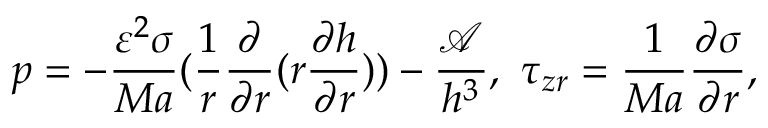
p = - \frac { \varepsilon ^ { 2 } \sigma } { M a } ( \frac { 1 } { r } \frac { \partial } { \partial r } ( r \frac { \partial h } { \partial r } ) ) - \frac { \mathcal { A } } { h ^ { 3 } } , \ \tau _ { z r } = \frac { 1 } { M a } \frac { \partial \sigma } { \partial r } ,